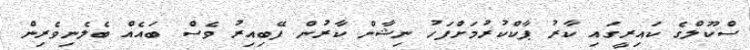
ސްކޫލްގެ ކައިރީގައި ކާރު ޕާކްކުރުމަށްފަހު ނިޝާން ކާރުން ފޭބިއިރު ވެސް ބައެއް ބެލެނިވެރިން